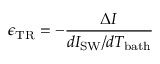
\epsilon _ { \mathrm { T R } } = - \frac { \Delta I } { d I _ { \mathrm { S W } } / d T _ { \mathrm { b a t h } } }